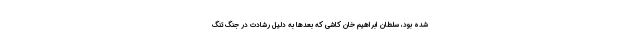
شده بود، سلطان ابراهیم خان کاشی که بعدها به دلیل رشادت در جنگ تنگ